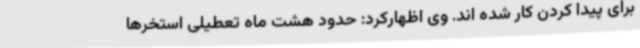
برای پیدا کردن کار شده اند. وی اظهارکرد: حدود هشت ماه تعطیلی استخرها